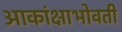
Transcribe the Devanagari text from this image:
आकांक्षाभोवती